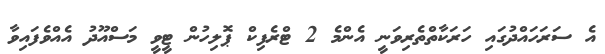
އެ ސަރަހައްދުގައި ހަރަކާތްތެރިވަނީ އެންމެ 2 ޓްރެފިކް ޕޮލިހުން ޓީވީ މަސްއޫދު އެއްވެފައިވާ